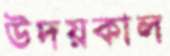
উদয়কাল